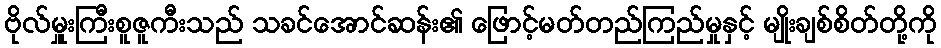
ဗိုလ်မှူးကြီးစူဇူကီးသည် သခင်အောင်ဆန်း၏ ဖြောင့်မတ်တည်ကြည်မှုနှင့် မျိုးချစ်စိတ်တို့ကို